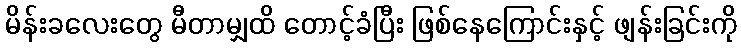
မိန်းခလေးတွေ မီတာမျှထိ တောင့်ခံပြီး ဖြစ်နေကြောင်းနှင့် ဖျန်းခြင်းကို